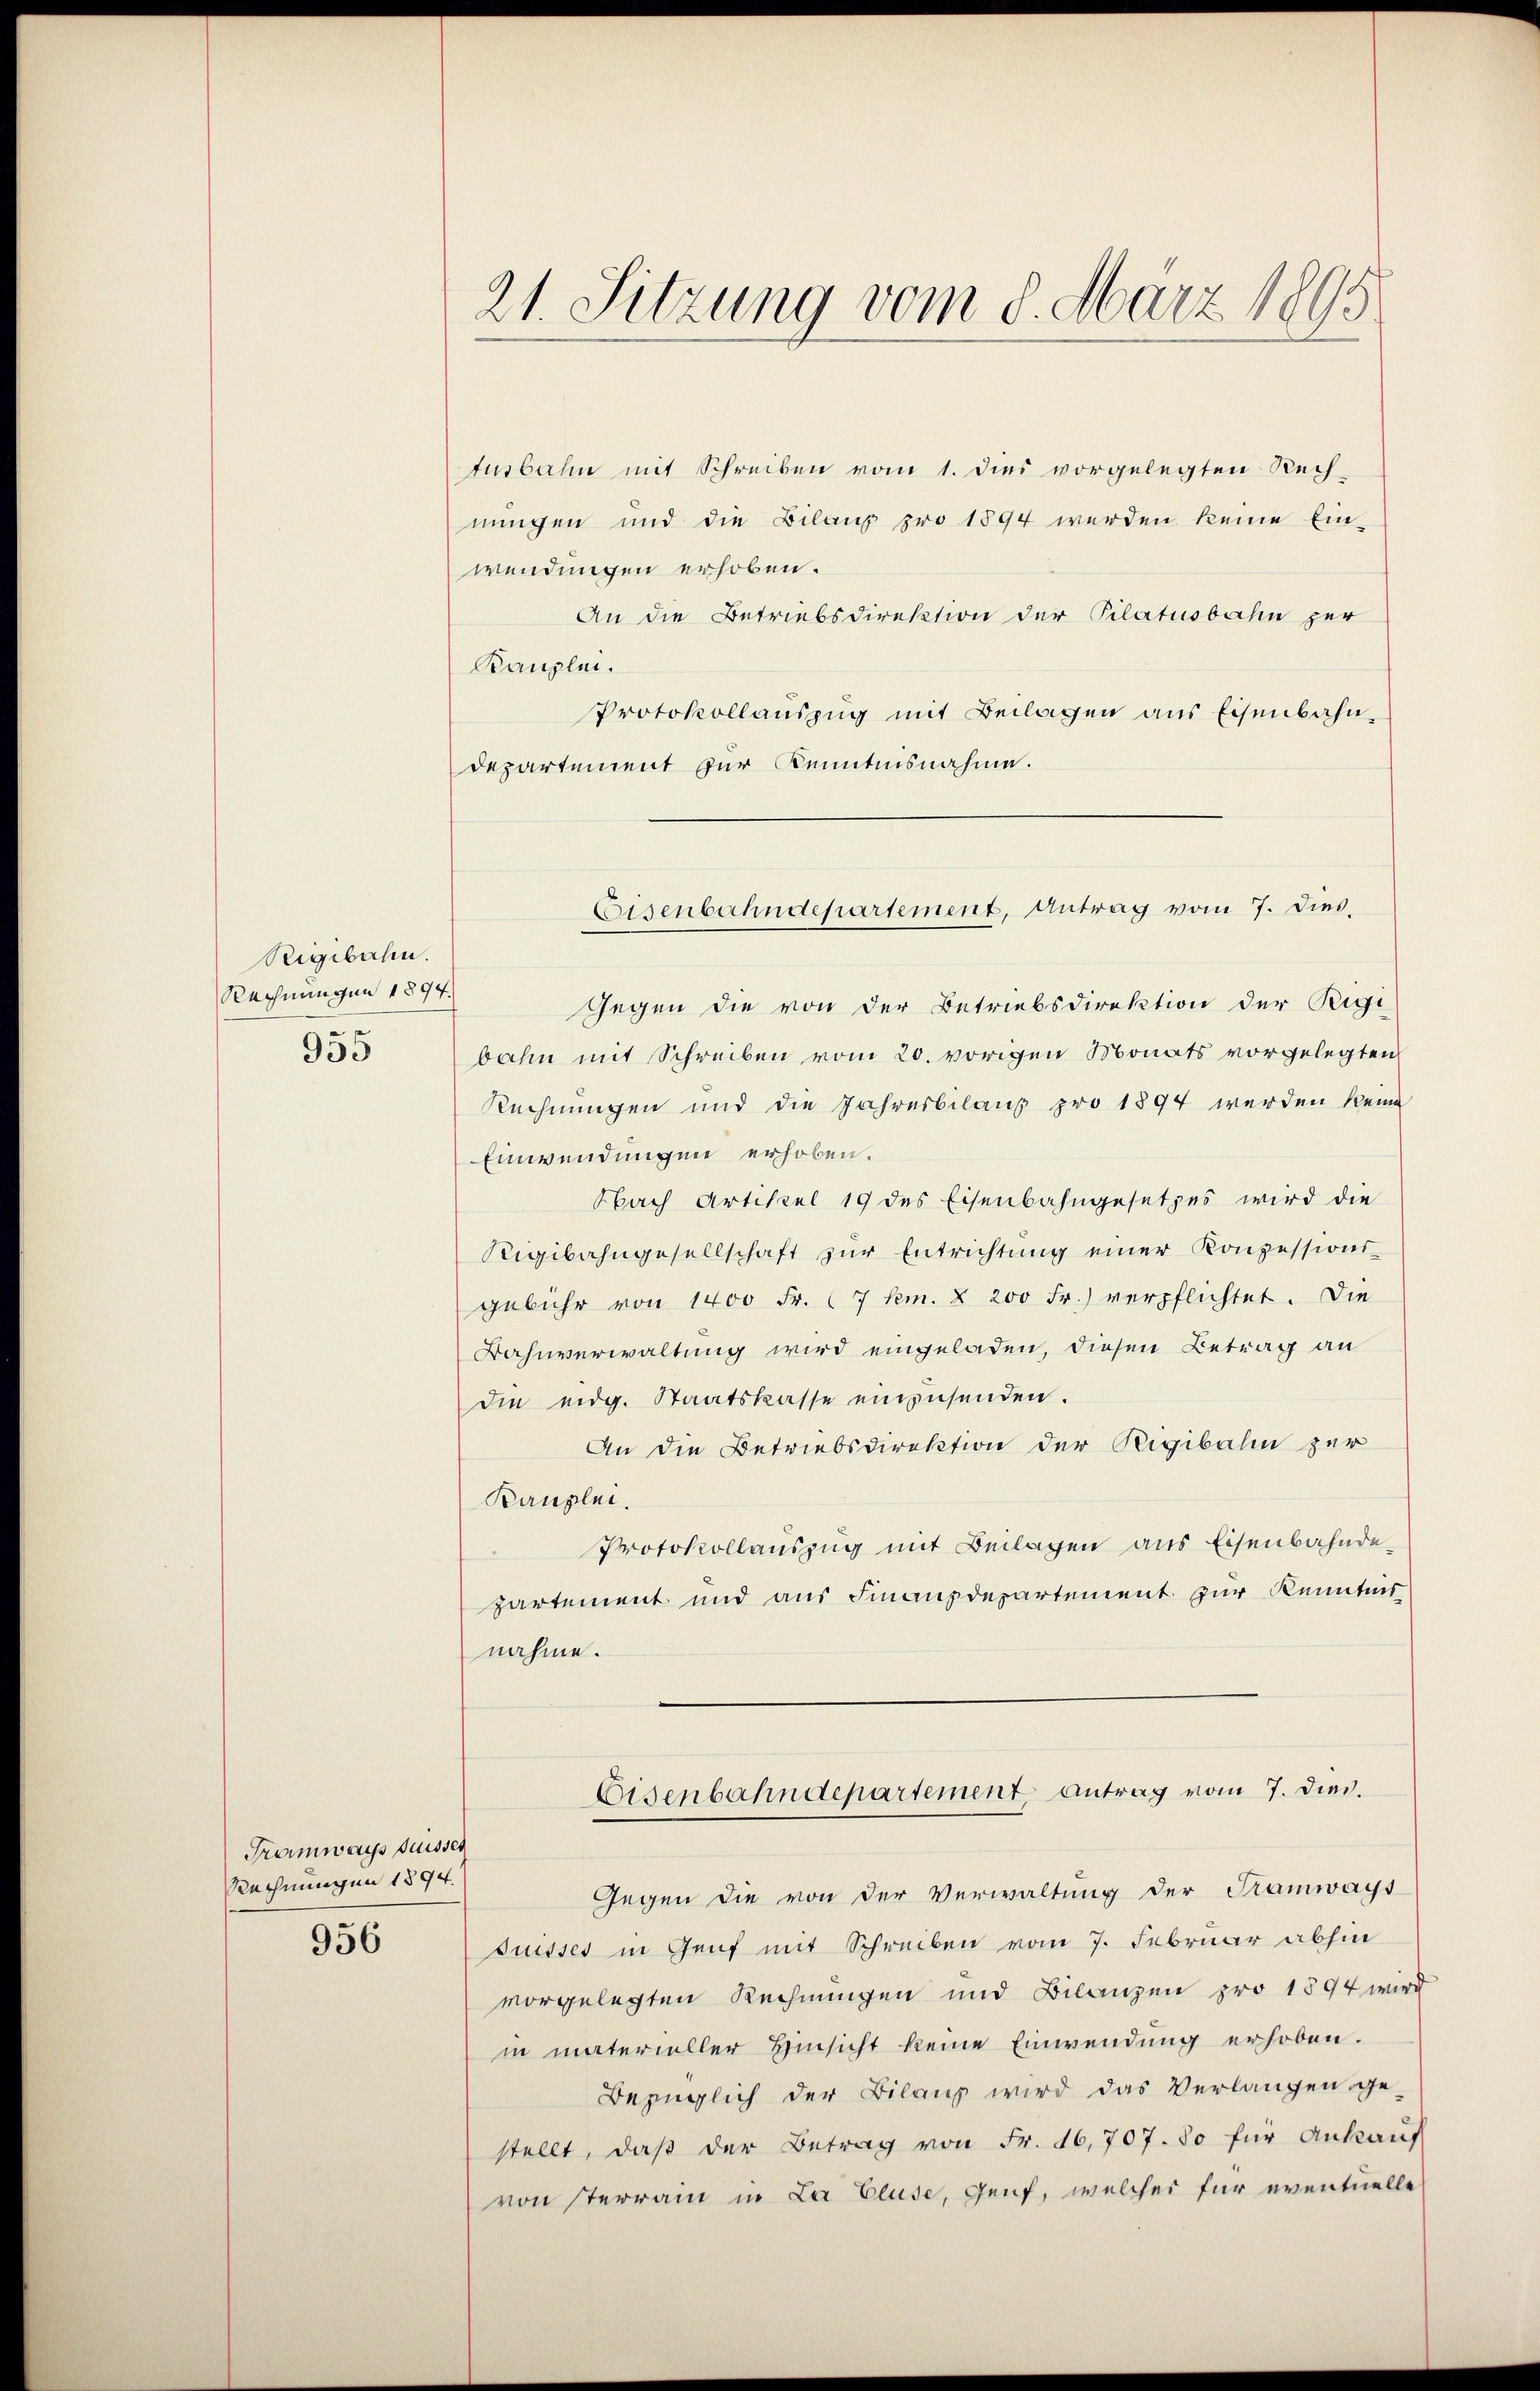
Rigibahn.
Rechnungen 1894.

930

tusbahn mit Schreiben vom 1. dies vorgelegten Rechnungen und die Bilaus pro 1894 werden keine Einwendungen erhoben.
An die Betriebsdirektion der Pilatusbahn zur
Kanzlei.
Protokollauszug mit Beilagen aus Eisenbahndepartement zur Kenntnisnahme.

Tramways Suisses
Rechnungen 1894.

956

21. Sitzung vom 8. März 1895

Gegen die von der Betriebsdirektion der Rigi
bahn mit Schreiben vom 20. vorigen Monats vorgelegten
Rechnungen und die Jahresbelaus pro 1894 werden keine
Einwendungen erhoben.
Nach Artikel 19 des Eisenbahngesetzes wird die
Rigibahngesellschaft zŭr Entrichtŭng einer Konzessions-
gebühr von 1400 Fr. (7 km. & 200 Fr.) verpflichtet. Die
Bahnverwaltung wird eingeladen, diesen Betrag an
die eidg. Staatskasse einzusenden.
An die Betriebsdirektion der Rigibahin zur
Kanzlei.
Protokollauszug mit Beilagen aus Eisenbahnde
partement und aus Finanzdepartement zur Kenntnis
nahme.

Gegen die von der Verwaltung der Tramways
suisses in Genf mit Schreiben vom 7. Februar abhin
vorgelegten Rechnungen und Bilanzen pro 1894 wird
in materieller Hinsicht keine Einwendung erhoben.
Bezüglich der Bilanz wird das Verlangen ge-
stellt, daß der Betrag von Fr. 16,707. So für Ankauf
von sterrain in La Cluse, Genf, welcher für eventuelle

Eisenbahndepartement, Antrag vom 7. dies

Eisenbahndepartement antrag vom 7. Diens.